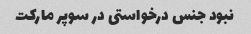
نبود جنس درخواستی در سوپر مارکت